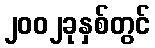
၂၀၀၂ခုနှစ်တွင်